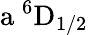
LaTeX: \mathrm{a\ ^{6}D_{1/2}}